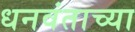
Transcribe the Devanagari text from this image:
धनवंताच्या